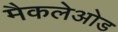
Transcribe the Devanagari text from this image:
मैकलेओड